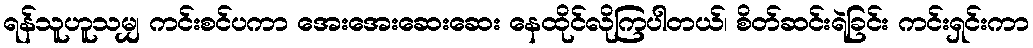
ရန်သူဟူသမျှ ကင်းစင်ပကာ အေးအေးဆေးဆေး နေထိုင်လိုကြပါတယ်၊ စိတ်ဆင်းရဲခြင်း ကင်းရှင်းကာ